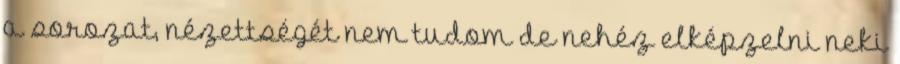
a sorozat, nézettségét nem tudom de nehéz elképzelni neki